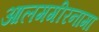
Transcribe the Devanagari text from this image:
आलमगीरनामा